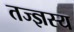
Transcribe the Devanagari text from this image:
तज्ज्ञस्य